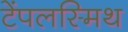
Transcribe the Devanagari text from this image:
टेंपलस्मिथ